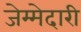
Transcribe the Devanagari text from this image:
जेम्मेदारी